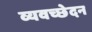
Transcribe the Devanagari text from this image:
व्यवच्छेदन